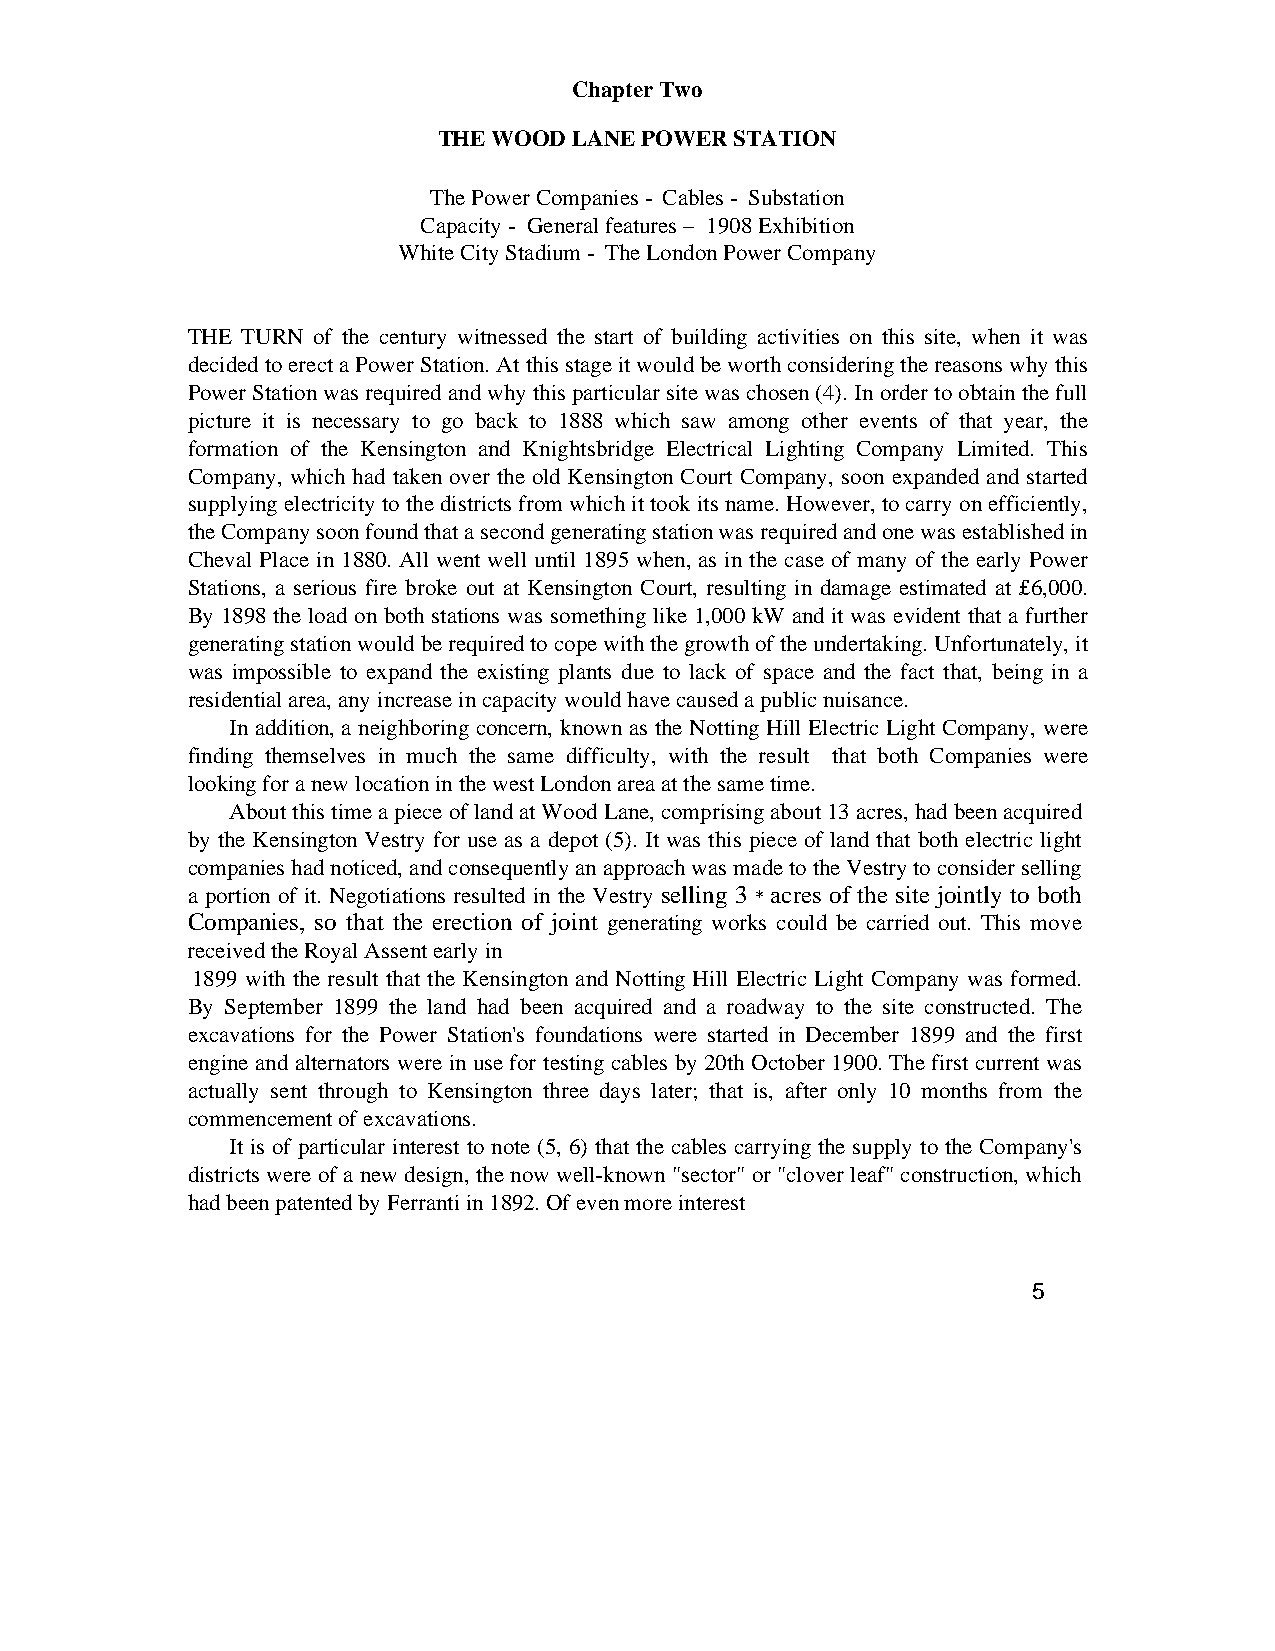
Chapter Two
 THE WOOD LANE POWER STATION
 The Power Companies - Cables - Substation
 Capacity - General features – 1908 Exhibition
 White City Stadium - The London Power Company
 THE TURN of the century witnessed the start of building activities on this site, when it was
 decided to erect a Power Station. At this stage it would be worth considering the reasons why this
 Power Station was required and why this particular site was chosen (4). In order to obtain the full
 picture it is necessary to go back to 1888 which saw among other events of that year, the
 formation of the Kensington and Knightsbridge Electrical Lighting Company Limited. This
 Company, which had taken over the old Kensington Court Company, soon expanded and started
 supplying electricity to the districts from which it took its name. However, to carry on efficiently,
 the Company soon found that a second generating station was required and one was established in
 Cheval Place in 1880. All went well until 1895 when, as in the case of many of the early Power
 Stations, a serious fire broke out at Kensington Court, resulting in damage estimated at £6,000.
 By 1898 the load on both stations was something like 1,000 kW and it was evident that a further
 generating station would be required to cope with the growth of the undertaking. Unfortunately, it
 was impossible to expand the existing plants due to lack of space and the fact that, being in a
 residential area, any increase in capacity would have caused a public nuisance.
 In addition, a neighboring concern, known as the Notting Hill Electric Light Company, were
 finding themselves in much the same difficulty, with the result that both Companies were
 looking for a new location in the west London area at the same time.
 About this time a piece of land at Wood Lane, comprising about 13 acres, had been acquired
 by the Kensington Vestry for use as a depot (5). It was this piece of land that both electric light
 companies had noticed, and consequently an approach was made to the Vestry to consider selling
 a portion of it. Negotiations resulted in the Vestry selling 3 * acres of the site jointly to both
 Companies, so that the erection of joint generating works could be carried out. This move
 received the Royal Assent early in
 1899 with the result that the Kensington and Notting Hill Electric Light Company was formed.
 By September 1899 the land had been acquired and a roadway to the site constructed. The
 excavations for the Power Station's foundations were started in December 1899 and the first
 engine and alternators were in use for testing cables by 20th October 1900. The first current was
 actually sent through to Kensington three days later; that is, after only 10 months from the
 commencement of excavations.
 It is of particular interest to note (5, 6) that the cables carrying the supply to the Company's
 districts were of a new design, the now well-known "sector" or "clover leaf" construction, which
 had been patented by Ferranti in 1892. Of even more interest
 5